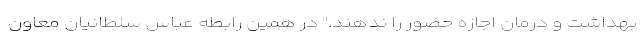
بهداشت و درمان اجازه حضور را ندهند." در همین رابطه عباس سلطانیان معاون